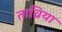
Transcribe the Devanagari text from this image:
ताव्रिया